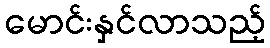
မောင်းနှင်လာသည့်